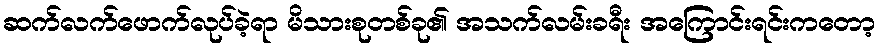
ဆက်လက်ဖောက်လုပ်ခဲ့ရာ မိသားစုတစ်ခု၏ အသက်လမ်းခရီး အကြောင်းရင်းကတော့